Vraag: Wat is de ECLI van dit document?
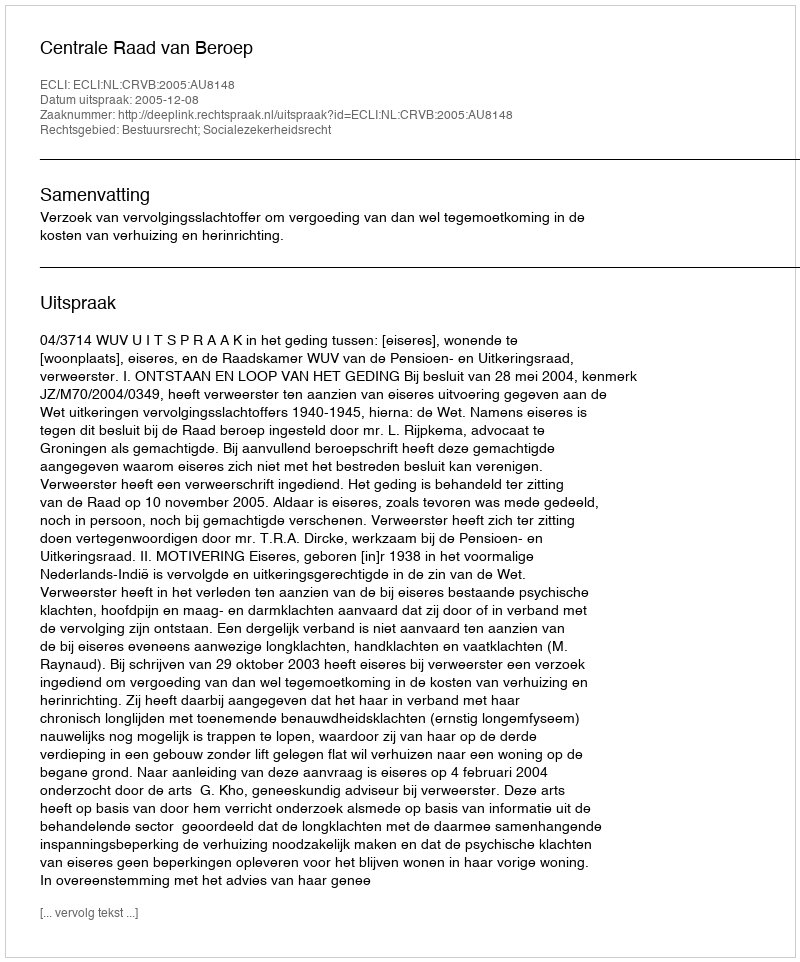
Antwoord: ECLI:NL:CRVB:2005:AU8148